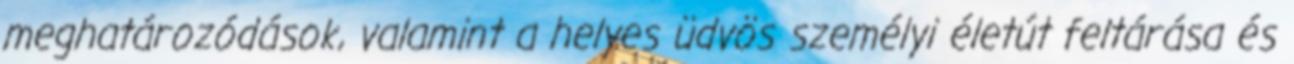
meghatározódások, valamint a helyes üdvös személyi életút feltárása és